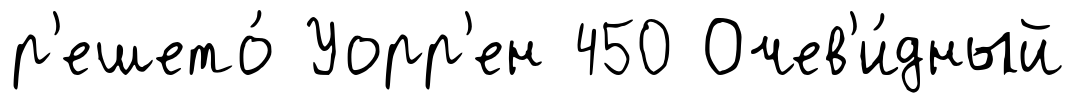
р'ешето́ Уорр'ен 450 Очев'и́дный